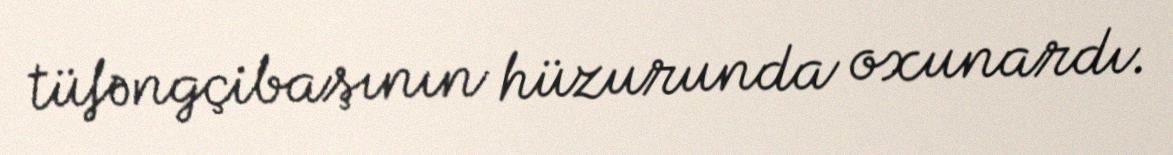
tüfəngçibaşının hüzurunda oxunardı.